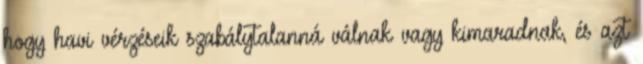
hogy havi vérzéseik szabálytalanná válnak vagy kimaradnak, és azt